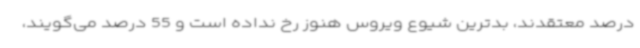
درصد معتقدند، بدترین شیوع ویروس هنوز رخ نداده است و 55 درصد می‌گویند،